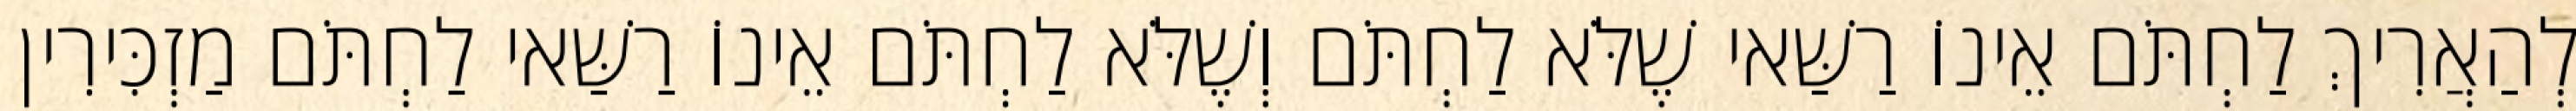
לְהַאֲרִיךְ לַחְתֹּם אֵינוֹ רַשַּׁאי שֶׁלֹּא לַחְתֹּם וְשֶׁלֹּא לַחְתֹּם אֵינוֹ רַשַּׁאי לַחְתֹּם מַזְכִּירִין